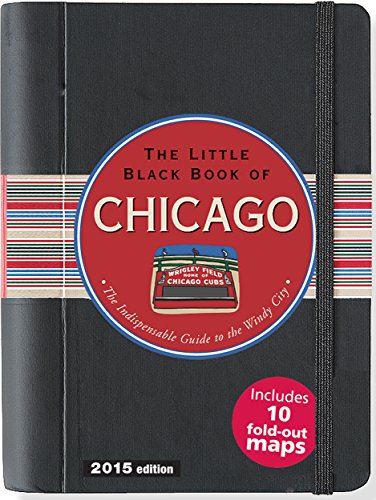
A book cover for Little Black Book of Chicago, 2015 Edition (Little Black Books (Peter Pauper Hardcover)); Margaret Littman; Travel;